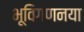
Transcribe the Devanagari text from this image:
भूविगणनया